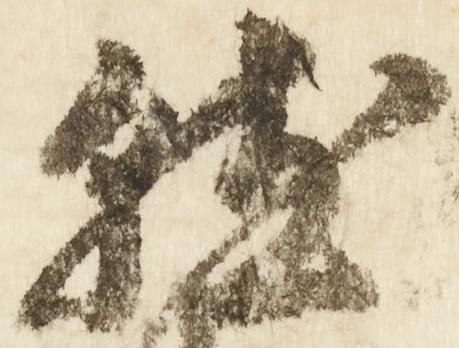
就